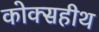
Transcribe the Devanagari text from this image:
कोक्सहीथ